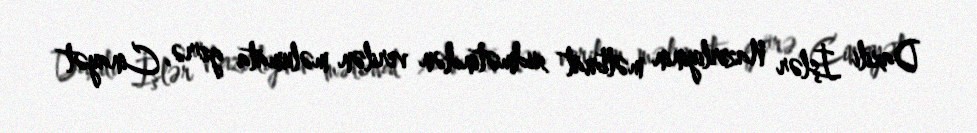
Daxili İşlər Nazirliyinin mətbuat xidmətindən verilən məlumata görə, Cinayət